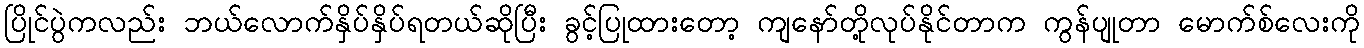
ပြိုင်ပွဲကလည်း ဘယ်လောက်နှိပ်နှိပ်ရတယ်ဆိုပြီး ခွင့်ပြုထားတော့ ကျနော်တို့လုပ်နိုင်တာက ကွန်ပျုတာ မောက်စ်လေးကို